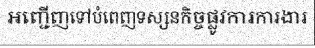
អញ្ជើញទៅបំពេញទស្សនកិច្ចផ្លូវការការងារ